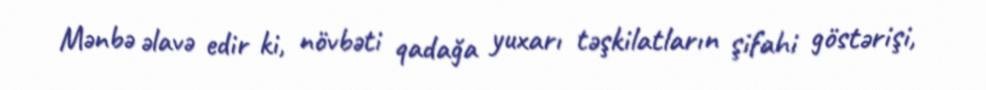
Mənbə əlavə edir ki, növbəti qadağa yuxarı təşkilatların şifahi göstərişi,